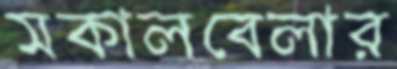
সকালবেলার